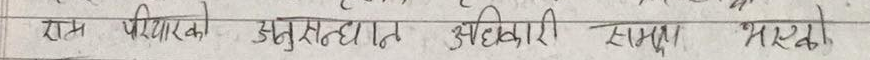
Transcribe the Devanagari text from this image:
राम पियारको अनुसंधान अधिकारी समाज भरेको